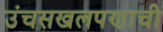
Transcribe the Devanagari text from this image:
उंचसखलपणाची